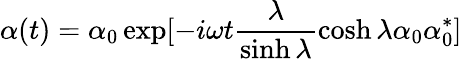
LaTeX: \alpha(t)=\alpha_{0}\exp[-i\omega t\frac{\lambda}{\sinh\lambda}\cosh\lambda\alpha_{0}\alpha_{0}^{*}]